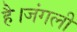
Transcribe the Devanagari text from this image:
है।जंगली